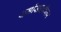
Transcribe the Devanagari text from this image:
थर्मोसाइकिलर